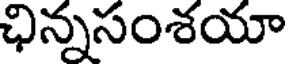
ఛిన్నసంశయా